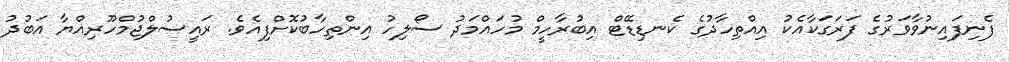
ފެނިފައިނުވާވަރުގެ ފަރަގަކާއެކު އިއްތިހާދުގެ ކެނޑިޑޭޓް އިބުރާހީމް މުހައްމަދު ސޯލިހު އިންތިހާބުކޮށްފިއެވެ. ރައީސުލްޖުމްހޫރިއްޔާ އަބުދު